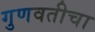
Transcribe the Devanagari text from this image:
गुणवतीचा